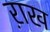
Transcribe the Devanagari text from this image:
ऱाख